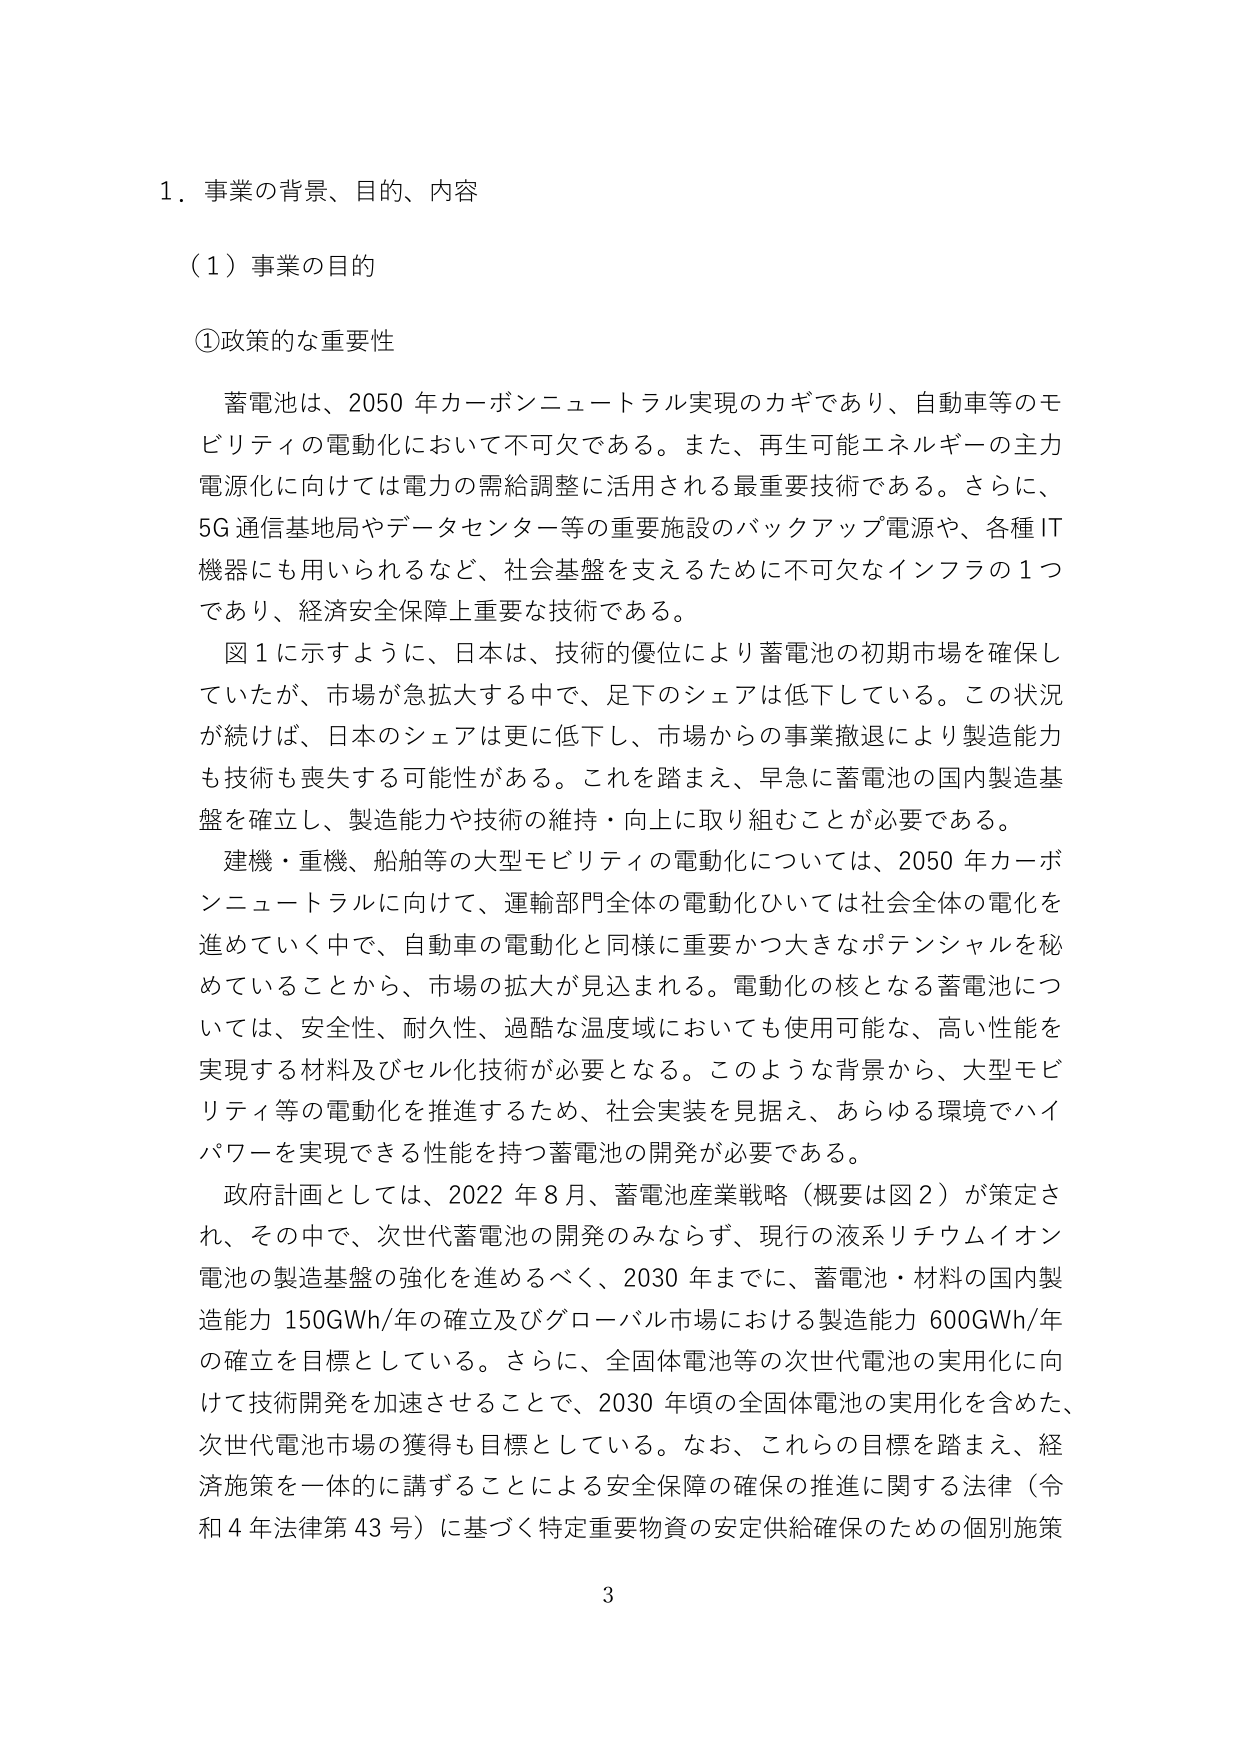
1. 事業の背景、目的、内容

（1）事業の目的

①政策的な重要性

　蓄電池は、2050年カーボンニュートラル実現のカギであり、自動車等のモビリティの電動化において不可欠である。また、再生可能エネルギーの主力電源化に向けては電力の需給調整に活用される最重要技術である。さらに、5G通信基地局やデータセンター等の重要施設のバックアップ電源や、各種IT機器にも用いられるなど、社会基盤を支えるために不可欠なインフラの1つであり、経済安全保障上重要な技術である。

　図1に示すように、日本は、技術的優位により蓄電池の初期市場を確保していたが、市場が急拡大する中で、足下のシェアは低下している。この状況が続けば、日本のシェアは更に低下し、市場からの事業撤退により製造能力も技術も喪失する可能性がある。これを踏まえ、早急に蓄電池の国内製造基盤を確立し、製造能力や技術の維持・向上に取り組むことが必要である。

　建機・重機、船舶等の大型モビリティの電動化については、2050年カーボンニュートラルに向けて、運輸部門全体の電動化ひいては社会全体の電化を進めていく中で、自動車の電動化と同様に重要かつ大きなポテンシャルを秘めていることから、市場の拡大が見込まれる。電動化の核となる蓄電池については、安全性、耐久性、過酷な温度域においても使用可能な、高い性能を実現する材料及びセル化技術が必要となる。このような背景から、大型モビリティ等の電動化を推進するため、社会実装を見据え、あらゆる環境でハイパワーを実現できる性能を持つ蓄電池の開発が必要である。

　政府計画としては、2022年8月、蓄電池産業戦略（概要は図2）が策定され、その中で、次世代蓄電池の開発のみならず、現行の液系リチウムイオン電池の製造基盤の強化を進めるべく、2030年までに、蓄電池・材料の国内製造能力150GWh/年の確立及びグローバル市場における製造能力600GWh/年の確立を目標としている。さらに、全固体電池等の次世代電池の実用化に向けて技術開発を加速させることで、2030年頃の全固体電池の実用化を含めた、次世代電池市場の獲得も目標としている。なお、これらの目標を踏まえ、経済施策を一体的に講ずることによる安全保障の確保の推進に関する法律（令和4年法律第43号）に基づく特定重要物資の安定供給確保のための個別施策

3